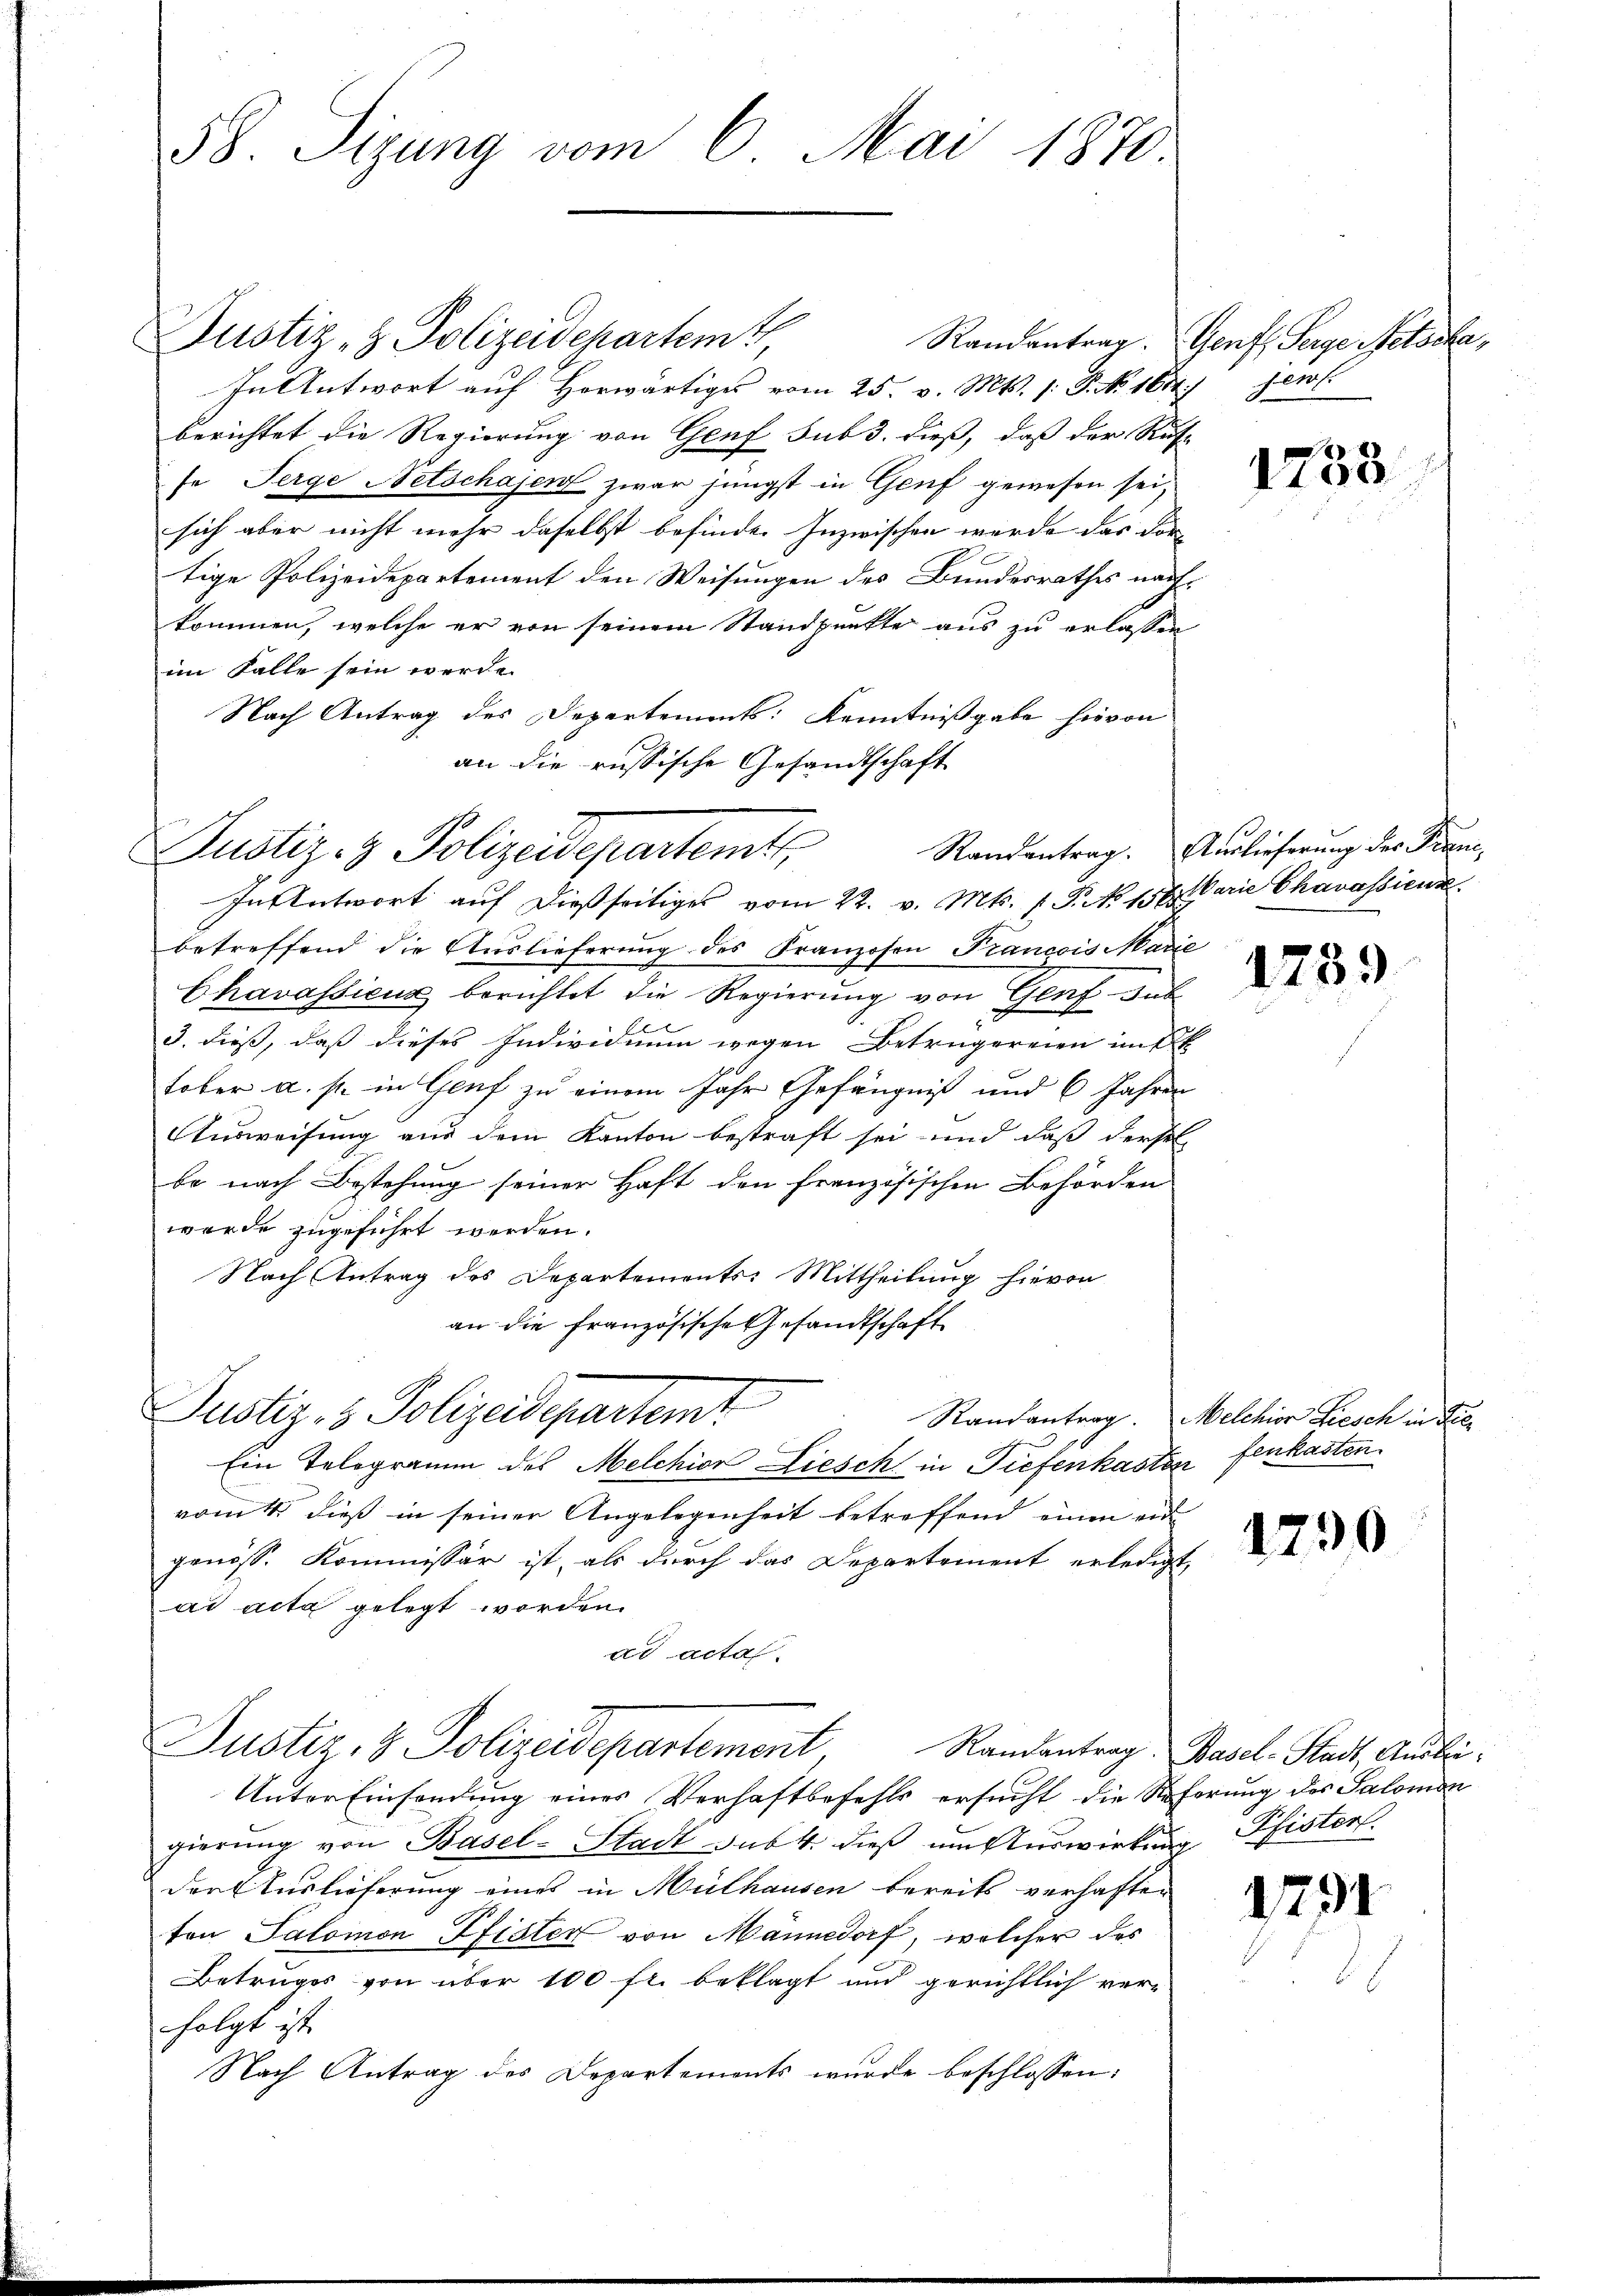
58. Sizung vom 6. Mai 1870.

Randantrag
In Antwort auf Horwärtiges vom 25. v. Mts. (: P. No 16.
berichtet die Regierung von Genf sub 3. dieß, daß der Re
fe Serge Netschasen zwar jüngst in Genf gewesen sei
sich aber nicht mehr daselbst befinde. Inzwischen werde das dor
tige Polizeidepartement den Weisungen des Bundesrathes nakommen, welche er von seinem Standpunkte aus zu erlassen
im Falle sein werde.
Nach Antrag des Departements: Kenntnißgabe hievon
an die russische Gesandtschaft
In Antwort auf dießseitiges vom 22. v. Mts. (T. No 152.
betreffend die Auslieferung des Franzosen Francois Mar
Chavassieux berichtet die Regierung von Genf an
3. dieß, daß dieses Individuum wegen Betrugereien mit
tober a. s. in Genf zu einem Jahr Gefängniß und 6 Jahre
Ausweisung aus dem Kanton bestraft sei und daß derse
be nach Bestehung seiner Haft den französischen Behörden
werde zugeführt werden.
Nach Antrag des Departements: Mittheilung hievon
an die französische Gesandtschaft
Justiz- & Polizeidepartemt
Randantrag.
Ein Telegramm des Melchior Liesch in Tiefenkasten fenkasten
vom 4. dieß in seiner Angelegenheit betreffend einen ein
genöss. Kommissär ist, als durch das Departement erledig-
ad acta gelegt worden.
ad acta.
Justiz & Polizeidepartement, Randantrag.
Unter Einsendung eines Verhaftbefehls ersucht die Na
gierŭng von Basel-Stadt sub. 4. dieß um Auswirken
der Auslieferung eines in Mülhausen bereits verhaften
ton Salomon Pfister von Männedorf, welcher des
Betruges von über 100 fl. beklagt und gerichtlich verfolgt ist.
Nach Antrag des Departements wurde beschlossen:

Justiz- & Polizeidepartem t

Justiz- & Polizeidepartemte
Randantrag.

Genf, Serge Netscha
2) jen

e
2133

Auslieferung der Parme¬
Marie Charassieur

1739

Melchior Friesch in die¬

1790

1791

Basel-Stadt, Ausbeiferung des Salomon
Pfistert.
f